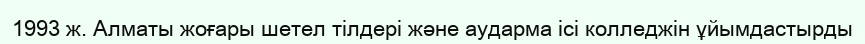
1993 ж. Алматы жоғары шетел тілдері және аударма ісі колледжін ұйымдастырды